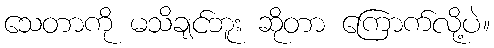
သေတာကို မသိချင်ဘူး ဆိုတာ ကြောက်လို့ပဲ။